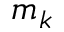
m _ { k }